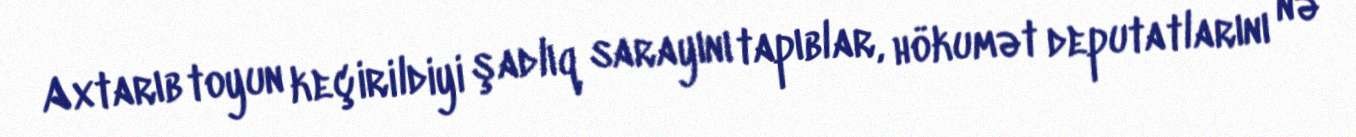
Axtarıb toyun keçirildiyi şadlıq sarayını tapıblar, hökumət deputatlarını nə